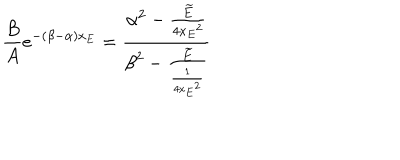
{ { \frac { B } { A } } e ^ { - ( \beta - \alpha ) x _ { E } } = { \frac { { \alpha } ^ { 2 } - { \frac { \widetilde { E } } { 4 { x _ { E } } ^ { 2 } } } } { { \beta } ^ { 2 } - { \frac { \widetilde { E } } { \frac { 1 } { 4 { x _ { E } } ^ { 2 } } } } } } }